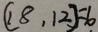
( 1 8 , 1 2 ) = 6